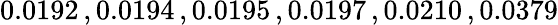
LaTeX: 0.0192\, ,0.0194\, ,0.0195\, ,0.0197\, ,0.0210\, ,0.0379